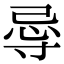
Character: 𭔲